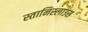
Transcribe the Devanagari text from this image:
स्तानिस्लाउस